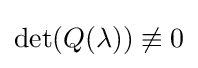
{\text{det}}(Q(\lambda ))\not \equiv 0